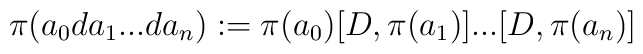
\pi(a_0da_1...da_n):=\pi(a_0)[D,\pi(a_1)]...[D,\pi(a_n)]